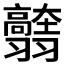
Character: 𦒭